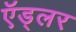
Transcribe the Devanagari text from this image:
ऍड्लर